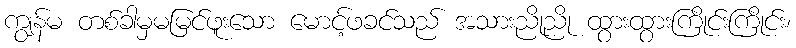
ကျွန်မ တစ်ခါမှမမြင်ဖူးသော မောင့်ဖခင်သည် အသားညိုညို ထွားထွားကြိုင်းကြိုင်း၊